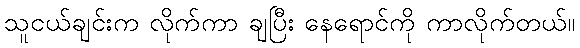
သူငယ်ချင်းက လိုက်ကာ ချပြီး နေရောင်ကို ကာလိုက်တယ်။